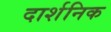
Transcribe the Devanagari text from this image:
दार्शनिक